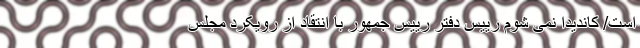
است/ کاندیدا نمی شوم رییس دفتر رییس جمهور با انتقاد از رویکرد مجلس